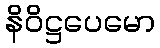
နိဝိဋ္ဌပေမော